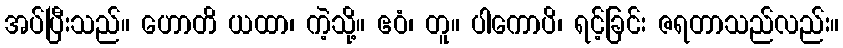
အပ်ပြီးသည်။ ဟောတိ ယထာ၊ ကဲ့သို့။ ဧဝံ၊ တူ။ ပါကောပိ၊ ရင့်ခြင်း ဇရတာသည်လည်း။